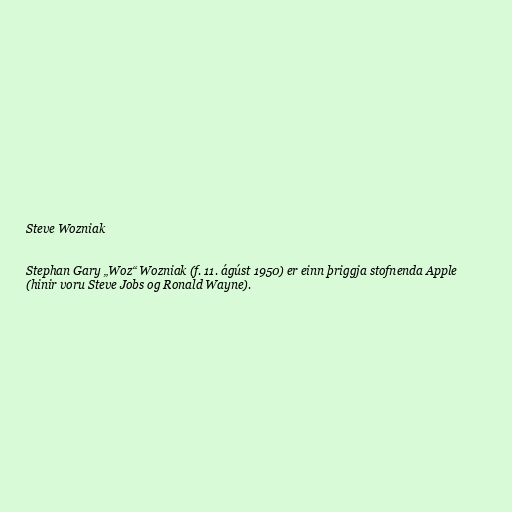
Steve Wozniak

Stephan Gary „Woz“ Wozniak (f. 11. ágúst 1950) er einn þriggja stofnenda Apple
(hinir voru Steve Jobs og Ronald Wayne).